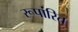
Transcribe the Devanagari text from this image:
रूपांरित